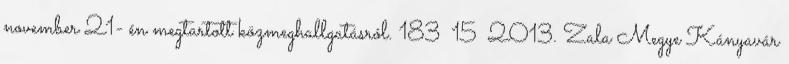
november 21- én megtartott közmeghallgatásról. 183 15 2013. Zala Megye Kányavár